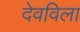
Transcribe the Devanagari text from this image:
देवविला